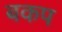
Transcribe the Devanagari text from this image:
बकप